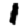
Digit: 1